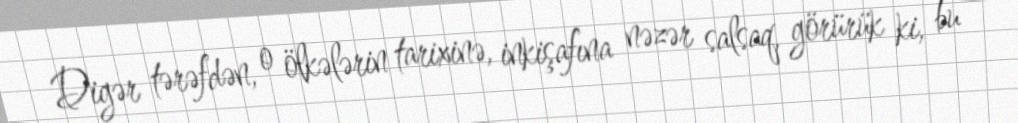
Digər tərəfdən, o ölkələrin tarixinə, inkişafına nəzər salsaq, görürük ki, bu